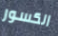
الكسور